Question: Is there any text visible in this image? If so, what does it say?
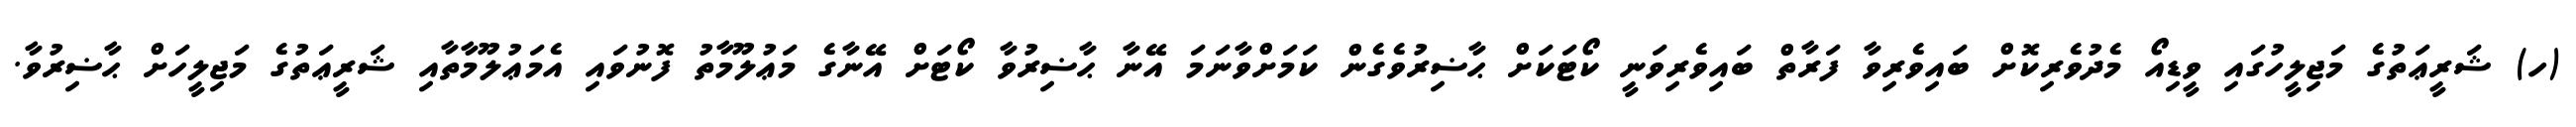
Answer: (ހ) ޝަރީޢަތުގެ މަޖިލީހުގައި ވީޑިއޯ މެދުވެރިކޮށް ބައިވެރިވާ ފަރާތް ބައިވެރިވަނީ ކޯޓަކަށް ޙާޟިރުވެގެން ކަމަށްވާނަމަ އޭނާ ޙާޟިރުވާ ކޯޓަށް އޭނާގެ މަޢުލޫމާތު ފޮނުވައި އެމަޢުލޫމާތާއި ޝަރީޢަތުގެ މަޖިލީހަށް ޙާޟިރުވާ.